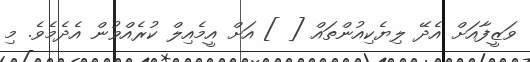
ވަޒީފާއަށް އެދޭ ލިޔެކިއުންތައް [ ] އަށް އީމެއިލް ކުރެއްވުން އެދެމެވެ. މި